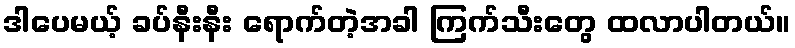
ဒါပေမယ့် ခပ်နီးနီး ရောက်တဲ့အခါ ကြက်သီးတွေ ထလာပါတယ်။